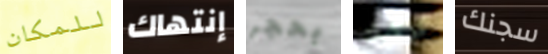
للمكان إنتهاك بحجر كوكبك سجنك